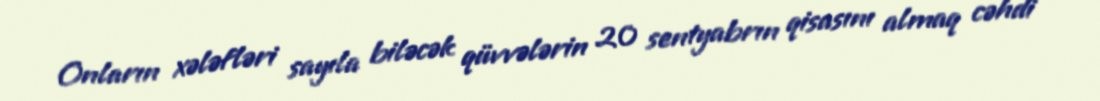
Onların xələfləri sayıla biləcək qüvvələrin 20 sentyabrın qisasını almaq cəhdi